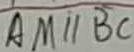
A M / / B C